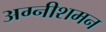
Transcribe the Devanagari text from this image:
अग्नीशमन